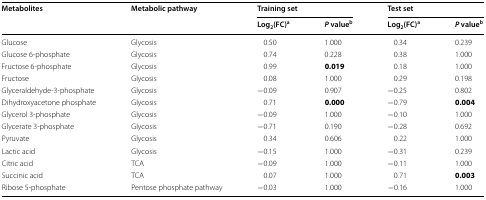
| <ROWSPAN=2> Metabolites | <ROWSPAN=2> Metabolic pathway | <COLSPAN=2> Training set | <COLSPAN=2> Test set |
 | Log2(FC)a | P valueb | Log2(FC)a | P valueb |
 | --- | --- | --- | --- | --- | --- |
 | Glucose | Glycosis | 0.50 | 1.000 | 0.34 | 0.239 |
 | Glucose 6-phosphate | Glycosis | 0.74 | 0.228 | 0.38 | 1.000 |
 | Fructose 6-phosphate | Glycosis | 0.99 | 0.019 | 0.18 | 1.000 |
 | Fructose | Glycosis | 0.08 | 1.000 | 0.29 | 0.198 |
 | Glyceraldehyde-3-phosphate | Glycosis | −0.09 | 0.907 | −0.25 | 0.802 |
 | Dihydroxyacetone phosphate | Glycosis | 0.71 | 0.000 | −0.79 | 0.004 |
 | Glycerol 3-phosphate | Glycosis | −0.09 | 1.000 | −0.10 | 1.000 |
 | Glycerate 3-phosphate | Glycosis | −0.71 | 0.190 | −0.28 | 0.692 |
 | Pyruvate | Glycosis | 0.34 | 0.606 | 0.22 | 1.000 |
 | Lactic acid | Glycosis | −0.15 | 1.000 | −0.31 | 0.239 |
 | Citric acid | TCA | −0.09 | 1.000 | −0.11 | 1.000 |
 | Succinic acid | TCA | 0.07 | 1.000 | 0.71 | 0.003 |
 | Ribose 5-phosphate | Pentose phosphate pathway | −0.03 | 1.000 | −0.16 | 1.000 |